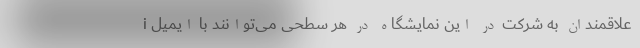
علاقمندان به شرکت در این نمایشگاه در هر سطحی می‌توانند با ایمیل i